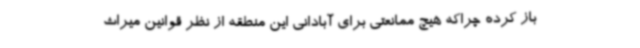
باز کرده چراکه هیچ ممانعتی برای آبادانی این منطقه از نظر قوانین میراث